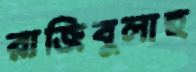
রাজিবুলাহ